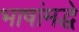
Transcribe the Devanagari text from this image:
भाषांमद्धे